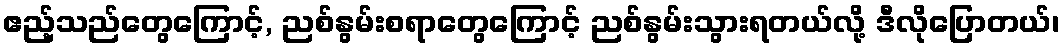
ဧည့်သည်တွေကြောင့်, ညစ်နွမ်းစရာတွေကြောင့် ညစ်နွမ်းသွားရတယ်လို့ ဒီလိုပြောတယ်၊